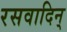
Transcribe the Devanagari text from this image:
रसवादिन्